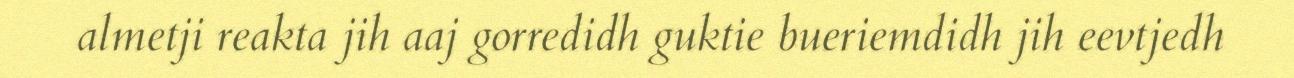
almetji reakta jih aaj gorredidh guktie bueriemdidh jih eevtjedh